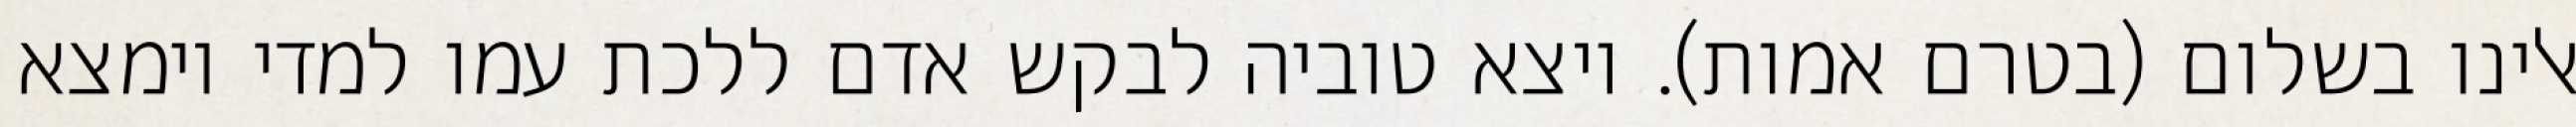
אלינו בשלום (בטרם אמות). ויצא טוביה לבקש אדם ללכת עמו למדי וימצא